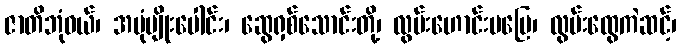
ဇာတိဘုံဝယ်၊ အပုံမျိုးပေါင်း၊ ဆွေရှစ်သောင်းတို့၊ လွမ်းဟောင်းမပြေ၊ လွမ်းထွေကဲဆင့်၊